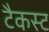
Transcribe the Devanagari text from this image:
टैकस्ट